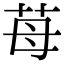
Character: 苺